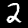
Label: 2